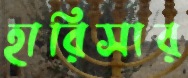
হারিসার